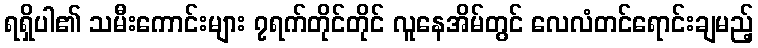
ရရှိပါ၏ သမီးကောင်းများ ၇ရက်တိုင်တိုင် လူနေအိမ်တွင် လေလံတင်ရောင်းချမည့်